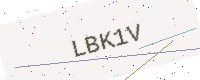
Text: LBK1V